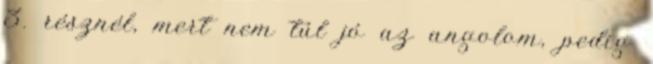
3. résznél, mert nem túl jó az angolom, pedig